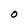
Character: O